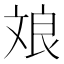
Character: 斏